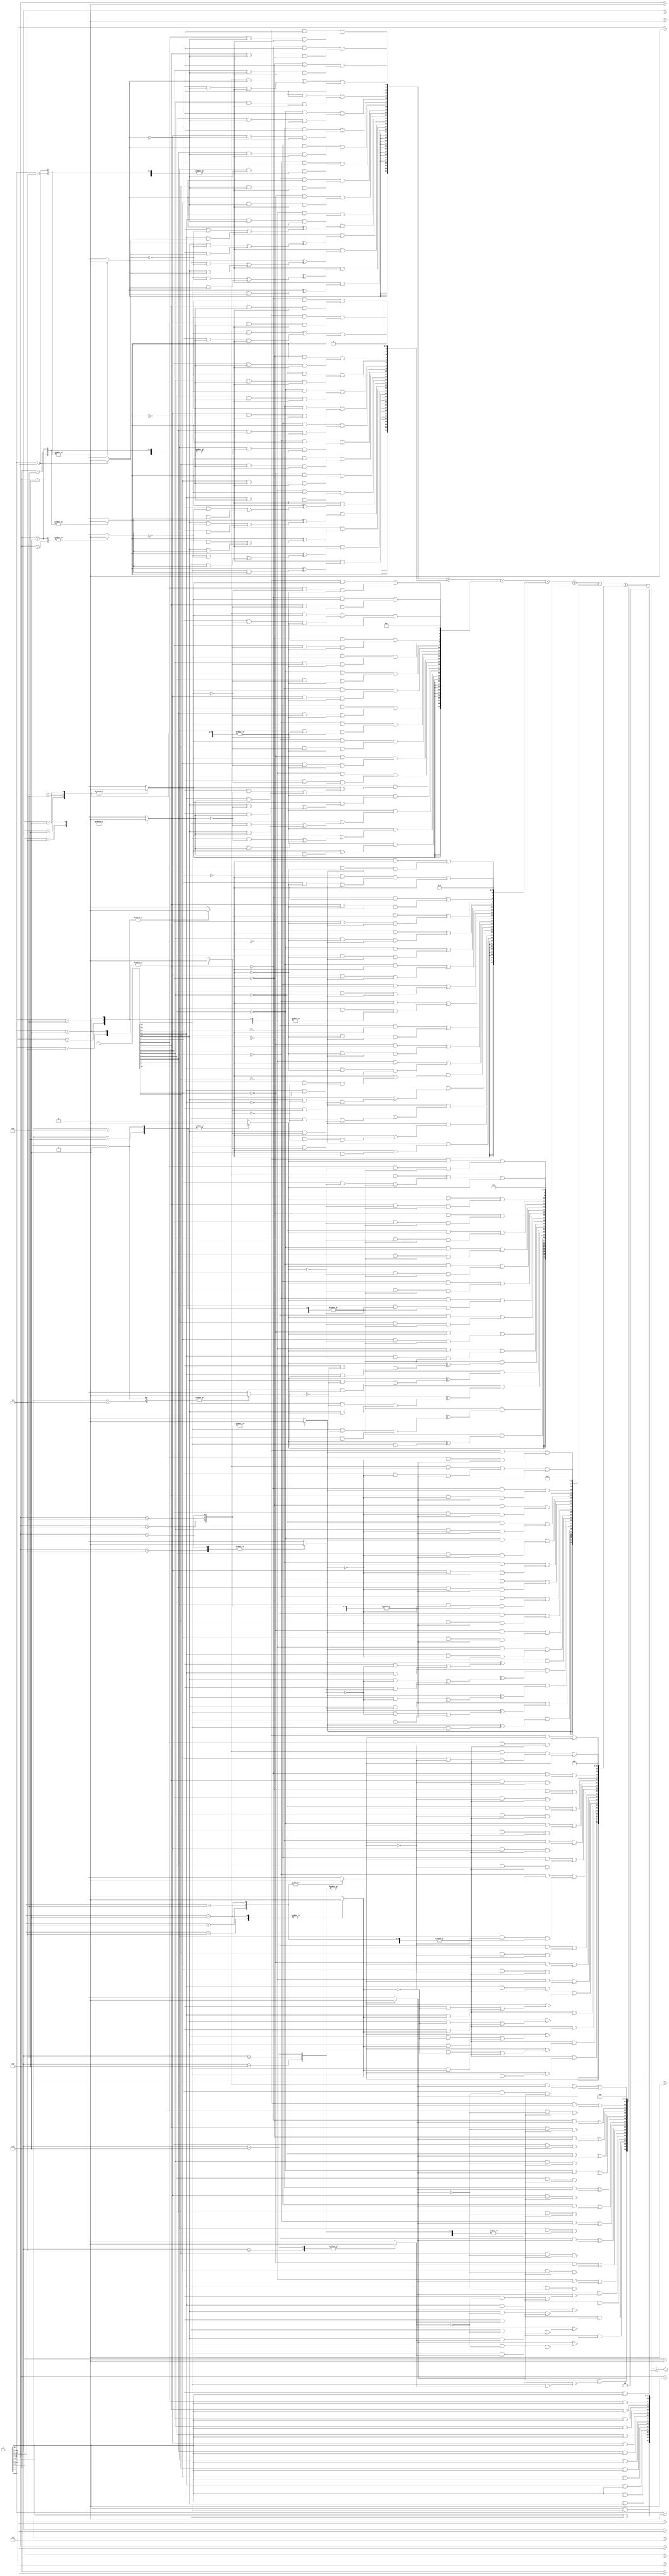
`timescale 10ms / 1ms

module radix4approx(p,x,y);         //8 bit multiplier to give 16 bit product

parameter N = 16;   //size of muliplicant and multiplier
parameter K = N/2;  //

input   [N-1 : 0]   x,y;
output  [N+N-1:0]   p;

reg [2:0]   bits    [K:0];
reg   neg     [K:0];
reg   two     [K:0];
reg   zero     [K:0];

wire [N+1:0] x_new;
reg [N+1:0]       PP      [K:0]; //riyaj 
reg [N+N-1:0]   ACC     [K:0];
reg [N+N-1:0]   ANS;
reg mux;

integer i , j, t;
integer  m = 12;        //number of bits to approximate

assign x_new = {2'b0,x};

always@(*)

begin
    bits[0] = {y[1],y[0],1'b0};             //setting last bit -1 as 0

    for(i=1; i<K+1; i=i+1) begin
            if(i == K)
                bits[i] = {2'b0,y[2*i-1]};
            else
                bits[i] = {y[2*i+1], y[2*i], y[2*i-1]};
            //$display("%b", bits[i]);
            
        end


    for(i=0; i<K+1; i=i+1)
        begin                               //approximated 2A as A introduced error
            case(bits[i])

            
            3'b001, 3'b010:         
            begin
                neg[i] = 1'b0;
                two[i] = 1'b0;
                zero[i] = 1'b0;
            end

            3'b011:
            begin
                neg[i] = 1'b0;
                two[i] = 1'b1;
                zero[i] = 1'b0;
            end

            3'b101, 3'b110:         
            begin 
               neg[i] = 1'b1;
                two[i] = 1'b0;
                zero[i] = 1'b0;
            end

            3'b100:
            begin
                neg[i] = 1'b1;
                two[i] = 1'b1;
                zero[i] = 1'b0;
            end
         
            default: 
            begin
                neg[i] = 1'b0;
                two[i] = 1'b0;
                zero[i] = 1'b1;
            end

            endcase

            PP[i] = 0;
            PP[i][N+1] = neg[i];           //sign conservation

            for(t=0; t<N+1; t=t+1) begin
                if(t>=m) 
                begin
                    mux = (x_new[t] & ~two[i]) | (x_new[t-1] & two[i]);             
                    PP[i][t] = ~zero[i] & (neg[i] ^ mux);
                end

                else 
                begin
                    PP[i][t] = (~x_new[t] & neg[i]) | (x_new[t] & ~neg[i] & ~zero[i]);
                end
            end

            PP[i][0] = PP[i][0] | neg[i];

            ACC[i] = $signed(PP[i]);        //sign extension
            
            for(j=0; j<i; j=j+1)
                ACC[i] = {ACC[i],2'b00};        //shifting

        
        end

    ANS = ACC[0];

    for(i=1; i<K+1; i=i+1)
        ANS = ANS+ACC[i];
        
end


assign p = ANS;

endmodule